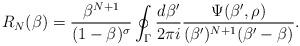
LaTeX: \begin{align*}R_N(\beta)={\beta^{N+1}\over(1-\beta)^\sigma} \oint_\Gamma{d\beta'\over2\pi i} {\Psi(\beta',\rho)\over(\beta')^{N+1}(\beta'-\beta)}.\end{align*}